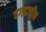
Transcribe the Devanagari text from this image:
दगडाचीच